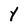
Character: Y